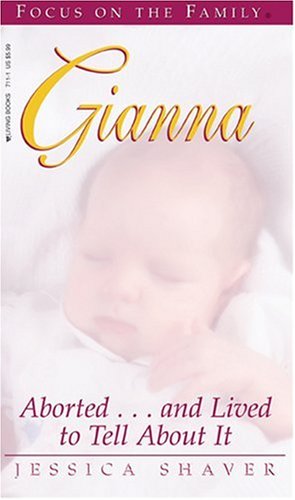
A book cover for Gianna: Aborted...and Lived to Tell About It (Living Books); Jessica Shaver; Politics & Social Sciences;